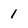
Character: 1